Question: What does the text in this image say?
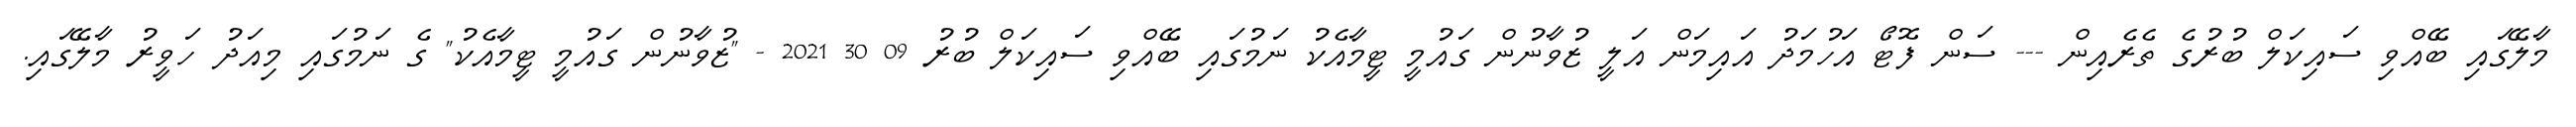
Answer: މާލޭގައި ބޭއްވި ސައިކަލް ބުރުގެ ތެރެއިން --- ސަން ފޮޓޯ އަހުމަދު އައިމަން އަލީ ޒުވާނުން ގައުމީ ޓީމާއެކު ނަމުގައި ބޭއްވި ސައިކަލް ބުރު 09 30 2021 - "ޒުވާނުން ގައުމީ ޓީމާއެކު" ގެ ނަމުގައި މިއަދު ހަވީރު މާލޭގައި.